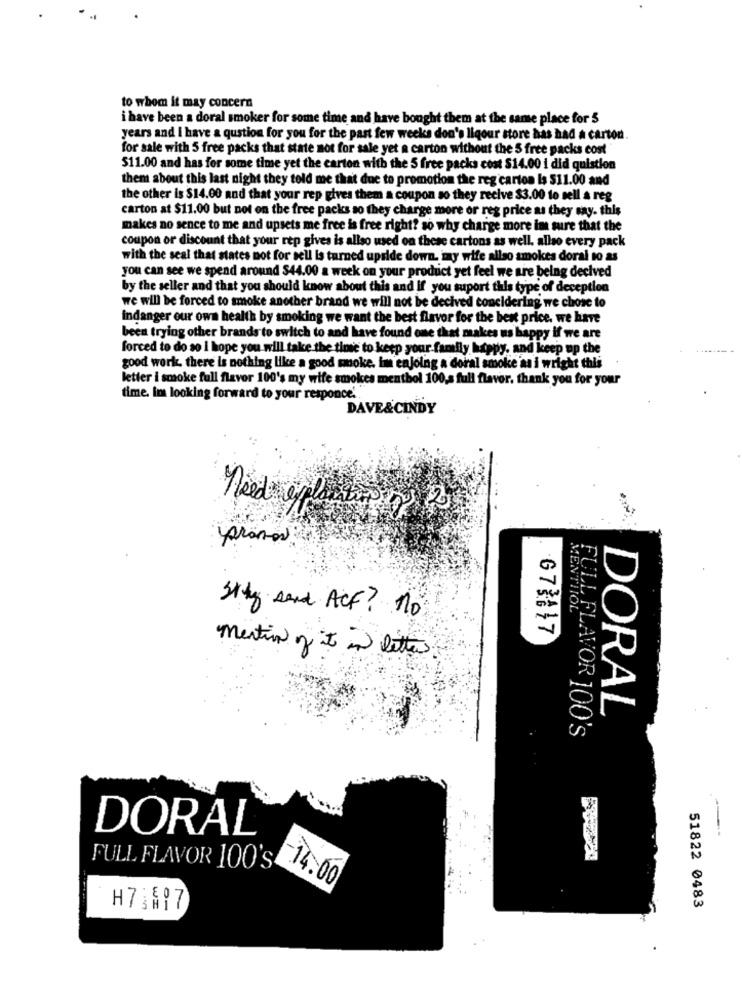
to whom it may concern
i have been a doral smoker for some time and have bought them at the same place for 5
years and I have a qustion for you for the past few weeks don's liqour store has had a carton.
for sale with 5 free packs that state not for sale yet a carton without the 5 free packs cost
$11.00 and has for some time yet the carton with the 5 free packs cost $14.00 i did quistion
them about this last night they told me that due to promotion the reg carton Is $11.00 and
the other is $14.00 and that your rep gives them a coupon so they recive $3.00 to sell a reg
carton at $11.00 but not on the free packs so they charge more or reg price as they say. this
makes no sence to me and upsets me free is free right? so why charge more im sure that the
coupon or discount that your rep gives is allso used on these cartons as well. allo every pack
with the seal that states not for sell is turned upside down, may wife allso smokes doral to as
you can see we spend around $44.00 a week on your product yet feel we are being decived
by the seller and that you should know about this and If you suport this type of deception
we will be forced to smoke another brand we will not be decived concidering we chose to
indanger our own health by smoking we want the best flavor for the best price. we have
been trying other brands to switch to and have found one that makes us happy if we are
forced to do so I hope you will take the time to keep your family happy, and keep up the
good work, there is nothing like a good moke. im enjoing a doral smoke as i wright this
letter i smoke full flavor 100's my wife smokes menthol 100,s full flavor. thank you for your
time. Im looking forward to your responce'
DAVE&CINDY
promos
Stky send ACF ? no
G73117
mention of it in letter
DORAL
FULL FLAVOR 100's
DORAL
FULL FLAVOR 100's
-14.00
H7,197
51822 0483